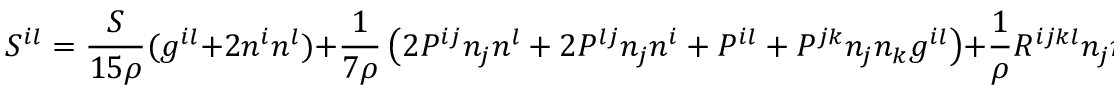
{ \cal { S } } ^ { i l } = \frac { S } { 1 5 \rho } ( g ^ { i l } + 2 n ^ { i } n ^ { l } ) + \frac 1 { 7 \rho } \left( 2 P ^ { i j } n _ { j } n ^ { l } + 2 P ^ { l j } n _ { j } n ^ { i } + P ^ { i l } + P ^ { j k } n _ { j } n _ { k } g ^ { i l } \right) + \frac 1 \rho R ^ { i j k l } n _ { j } n _ { k } \, .